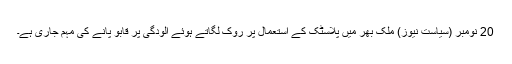
20 نومبر (سیاست نیوز) ملک بھر میں پلاسٹک کے استعمال پر روک لگاتے ہوئے آلودگی پر قابو پانے کی مہم جاری ہے۔